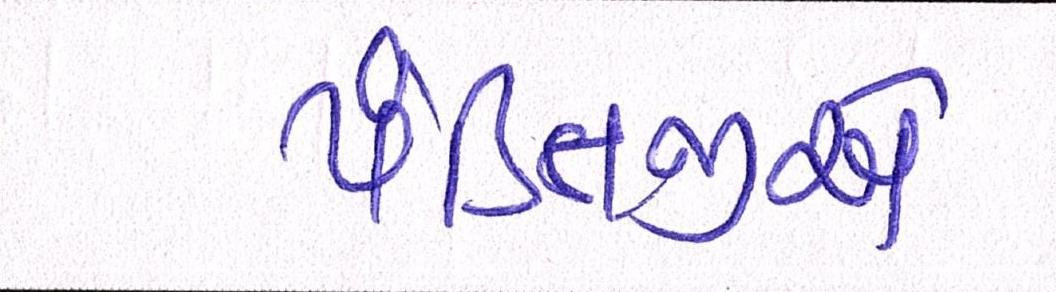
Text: પંડિતજીએ